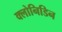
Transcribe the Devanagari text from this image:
क्लोनिडिन